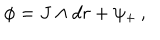
\phi = J \wedge d r + \psi _ { + } \, ,